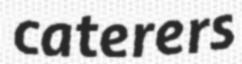
caterers